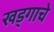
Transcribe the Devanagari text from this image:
खड्गाचे